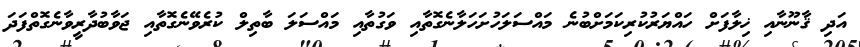
އަދި ޤާނޫނާއި ޚިލާފަށް ހައްޔަރުކުރިކަމަށްބުނެ މައްސަލަހުށަހަލާނެގޮތާއި ވަގުތާއި މައްސަލަ ބާތިލް ކުރެވޭނެގޮތާއި ޖަވާބުދާރީވާނެގޮތްފަދަ